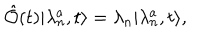
\hat { \cal O } ( t ) \vert \lambda _ { n } ^ { a } , t \rangle = \lambda _ { n } \vert \lambda _ { n } ^ { a } , t \rangle ,